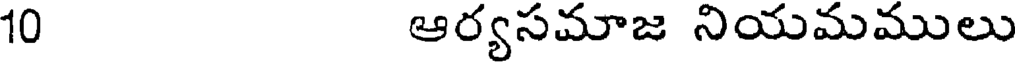
10 ఆర్యసమాజ నియమములు